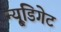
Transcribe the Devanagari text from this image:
न्यू्डिगेट